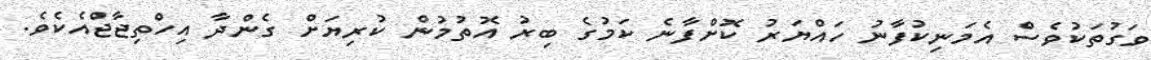
ވަގުތަކުވެސް އެމަނިކުފާނު ހައްޔަރު ކޮށްފާނެ ކަމުގެ ބިރު އޮތުމުން ކުރިޔަށް ގެންދާ އިހްތިޖާޖްއެކެވެ.